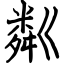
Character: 粼